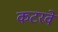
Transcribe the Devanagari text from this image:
कटरवे